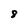
Character: 8